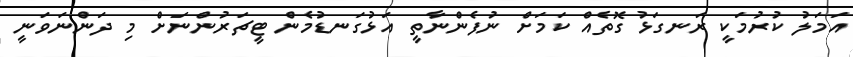
އަމަލު ކުރުމަކީ ރަނގަޅު ގޮތެއް ކަމަށް ނުފެންނާތީ އަޅުގަނޑުމެން ޓީޗަރުންނަށް މި ދަންނަވަނީ